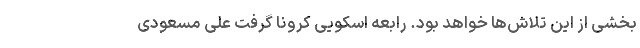
بخشی از این تلاش‌ها خواهد بود. رابعه اسکویی کرونا گرفت علی مسعودی